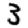
Digit: 3